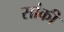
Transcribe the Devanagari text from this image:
सांकी